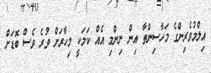
އިލްމުވެރިންގެ މަހާސިންތާ އިން ނިންމި އެއް ކަމަކީ މިހާރަށް ވުރެ ވެސް ބޮޑަށް